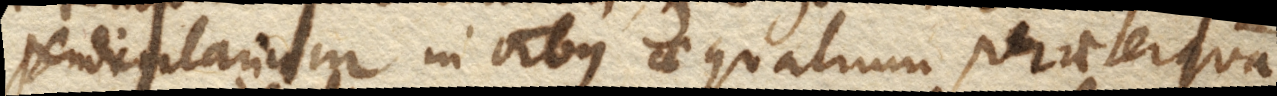
pendicularium in omnibus aequalium praeterquam